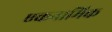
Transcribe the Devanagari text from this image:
एकनामिक